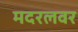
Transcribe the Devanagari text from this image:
मदरलवर